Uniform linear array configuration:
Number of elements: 64
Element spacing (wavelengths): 0.5
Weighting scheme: binomial
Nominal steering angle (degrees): -15
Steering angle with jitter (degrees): -13.041
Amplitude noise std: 0.05
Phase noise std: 0.05

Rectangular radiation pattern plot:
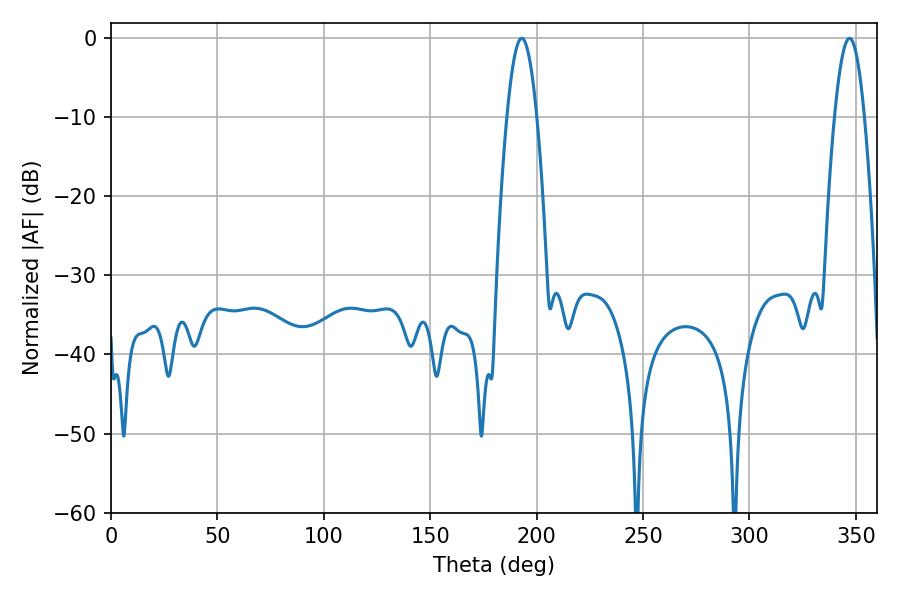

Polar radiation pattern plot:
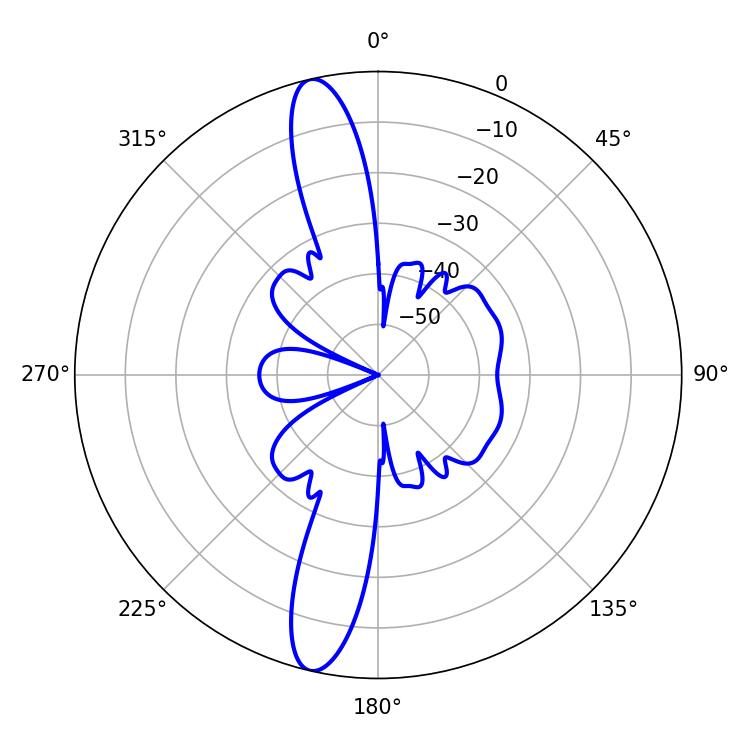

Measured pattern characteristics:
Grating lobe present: FALSE
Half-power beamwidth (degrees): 7.56
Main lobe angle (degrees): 192.96